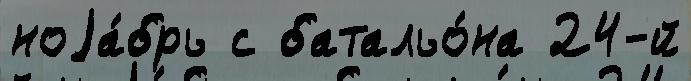
ноjа́брь с батальо́на 24-й